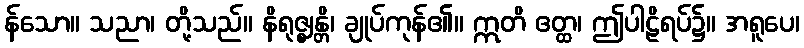
န်သော။ သညာ၊ တို့သည်။ နိရုဇ္ဈန္တိ၊ ချုပ်ကုန်၏။ ဣတိ ဧတ္ထ၊ ဤပါဠိရပ်၌။ အရူပေ၊